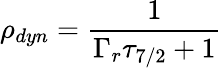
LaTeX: \rho_{dyn}={\frac{1}{\Gamma_{r}\tau_{7/2}+1}}